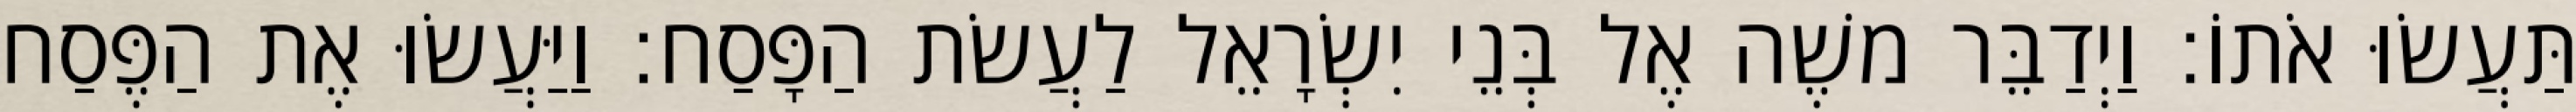
תַּעֲשׂוּ אֹתוֹ׃ וַיְדַבֵּר משֶׁה אֶל בְּנֵי יִשְׂרָאֵל לַעֲשׂת הַפָּסַח׃ וַיַּעֲשׂוּ אֶת הַפֶּסַח